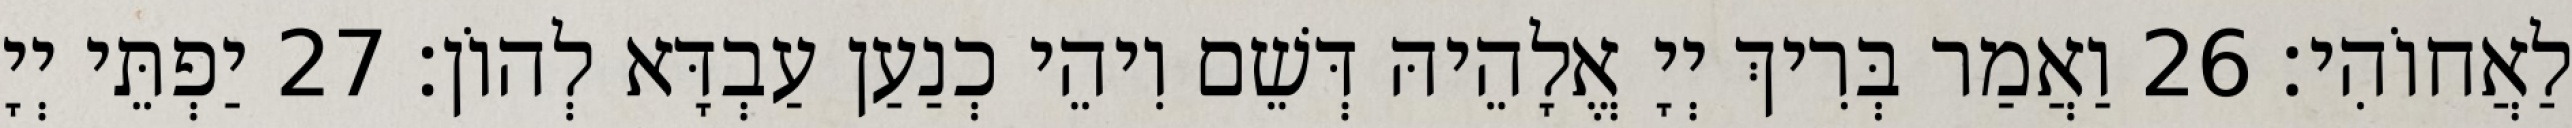
לַאֲחוֹהִי׃ 26 וַאֲמַר בְּרִיךְ יְיָ אֱלָהֵיהּ דְּשֵׁם וִיהֵי כְנַעַן עַבְדָּא לְהוֹן׃ 27 יַפְתֵּי יְיָ